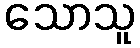
သောသူ